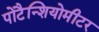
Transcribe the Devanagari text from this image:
पोटैन्शियोमीटर